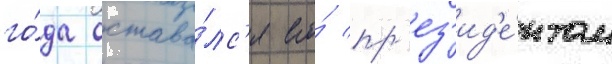
го́да остава́лс'я его́ пр'ез'ид'е́нтом